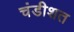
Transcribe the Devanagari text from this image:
चंडीशत